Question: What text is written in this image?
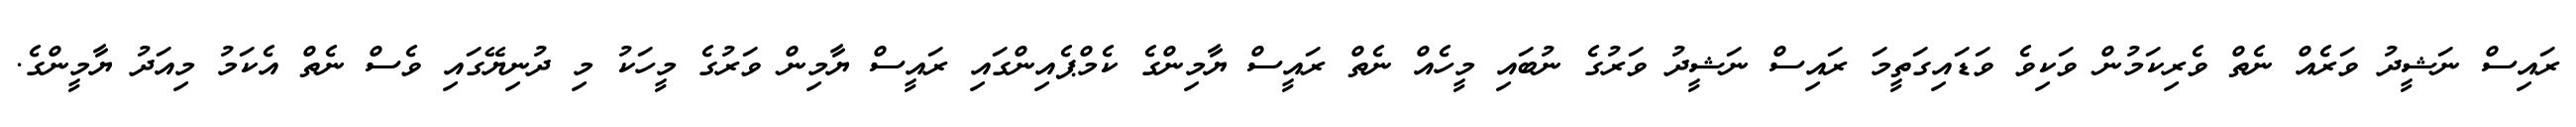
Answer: ރައިސް ނަޝީދު ވަރެއް ނެތް ވެރިކަމުން ވަކިވެ ވަޑައިގަތީމަ ރައިސް ނަޝީދު ވަރުގެ ނުބައި މީހެއް ނެތް ރައީސް ޔާމިންގެ ކެމްޕެއިންގައި ރައީސް ޔާމިން ވަރުގެ މީހަކު މި ދުނިޔޭގައި ވެސް ނެތް އެކަމު މިއަދު ޔާމީންގެ.